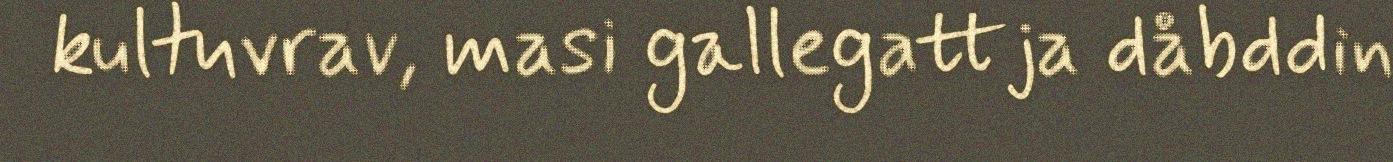
kultuvrav, masi gallegattja dåbddin